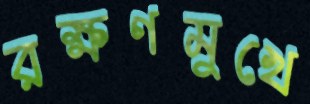
রক্ষণমুখে